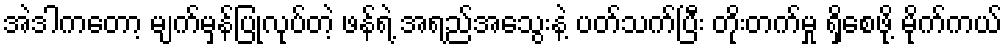
အဲဒါကတော့ မျက်မှန်ပြုလုပ်တဲ့ ဖန်ရဲ့ အရည်အသွေးနဲ့ ပတ်သက်ပြီး တိုးတက်မှု ရှိစေဖို့ မိုက်ကယ်